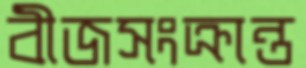
বীজসংক্রান্ত